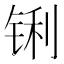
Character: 𮸊